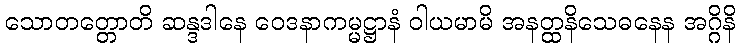
သောတတ္တောတိ ဆန္ဒဒါနေ ဝေဒနာကမ္မဋ္ဌာနံ ဝါယမာမိ အနတ္ထနိသေဓနေန အဂ္ဂိနိ